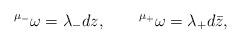
LaTeX: \begin{align*}{}^{\mu_-} \omega = \lambda_- dz, \qquad {}^{\mu_+} \omega =\lambda_+ d\bar z, \end{align*}